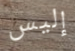
إليس